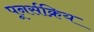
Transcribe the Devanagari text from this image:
पूनर्सक्रिय